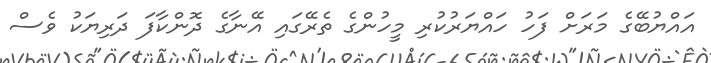
އައްޔުބޭގެ މަރަށް ފަހު ހައްޔަރުކުރި މީހުންގެ ތެރޭގައި އޭނާގެ ދޮންކާފަ ދަރިޔަކު ވެސް